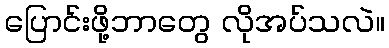
ပြောင်းဖို့ဘာတွေ လိုအပ်သလဲ။